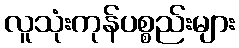
လူသုံးကုန်ပစ္စည်းများ